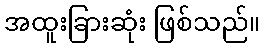
အထူးခြားဆုံး ဖြစ်သည်။